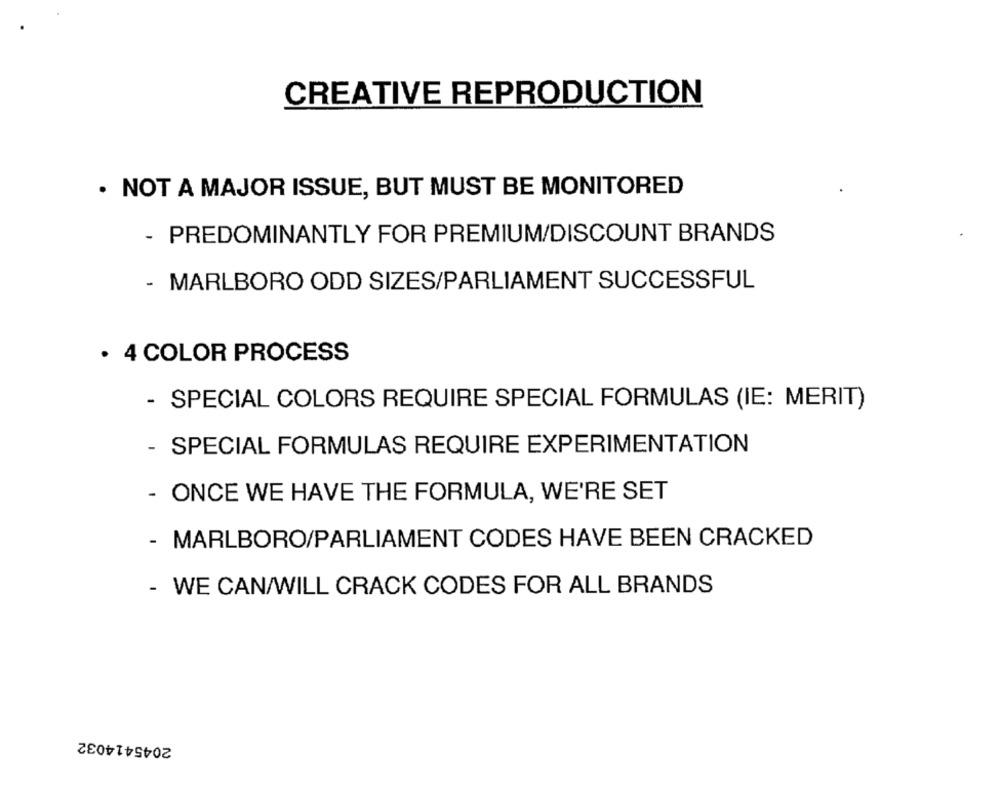
CREATIVE REPRODUCTION
. NOT A MAJOR ISSUE, BUT MUST BE MONITORED
- PREDOMINANTLY FOR PREMIUM/DISCOUNT BRANDS
- MARLBORO ODD SIZES/PARLIAMENT SUCCESSFUL
· 4 COLOR PROCESS
- SPECIAL COLORS REQUIRE SPECIAL FORMULAS (IE: MERIT)
- SPECIAL FORMULAS REQUIRE EXPERIMENTATION
- ONCE WE HAVE THE FORMULA, WE'RE SET
- MARLBORO/PARLIAMENT CODES HAVE BEEN CRACKED
- WE CAN/WILL CRACK CODES FOR ALL BRANDS
2045414032